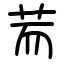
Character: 荋